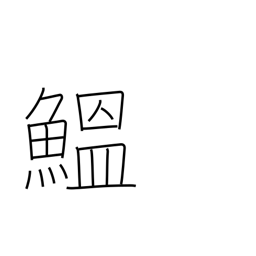
Meaning: sardine